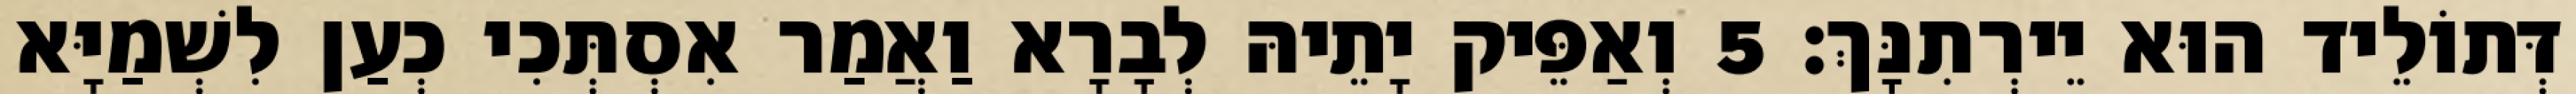
דְּתוֹלֵיד הוּא יֵירְתִנָּךְ׃ 5 וְאַפֵּיק יָתֵיהּ לְבָרָא וַאֲמַר אִסְתְּכִי כְעַן לִשְׁמַיָּא